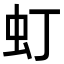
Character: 虰